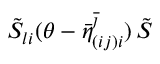
\tilde { S } _ { l i } ( \theta - \bar { \eta } _ { ( i j ) i } ^ { \overline { { { \jmath } } } } ) \, \tilde { S }